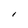
Character: l